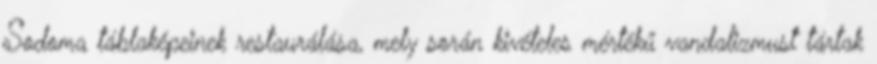
Sodoma táblaképeinek restaurálása, mely során kivételes mértékű vandalizmust tártak